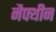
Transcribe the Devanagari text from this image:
नैफ्थीन